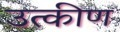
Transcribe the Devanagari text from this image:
उत्कीण